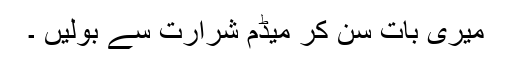
میری بات سن کر میڈم شرارت سے بولیں ۔